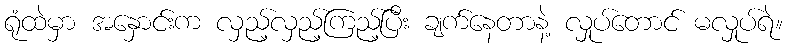
ရုံထဲမှာ အနှောင်းက လှည့်လှည့်ကြည့်ပြီး ချက်နေတာနဲ့ လှုပ်တောင် မလှုပ်ရဲ။